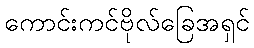
ကောင်းကင်ဗိုလ်ခြေအရှင်